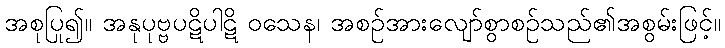
အစုပြု၍။ အနုပုဗ္ဗပဋိပါဋိ ဝသေန၊ အစဉ်အားလျော်စွာစဉ်သည်၏အစွမ်းဖြင့်။